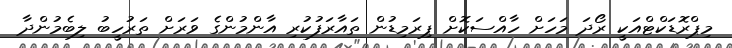
މިޕްރޮޑަކްޓްއަކީ ރޯދަ މަހަށް ހާއްސަކޮށް ޕިރަމިޑުން ތައާރަފުކުރި އާންމުންގެ ވަރަށް ތަރުހީބު ލިބެމުންދާ